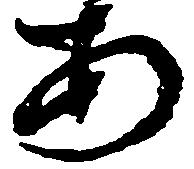
あ